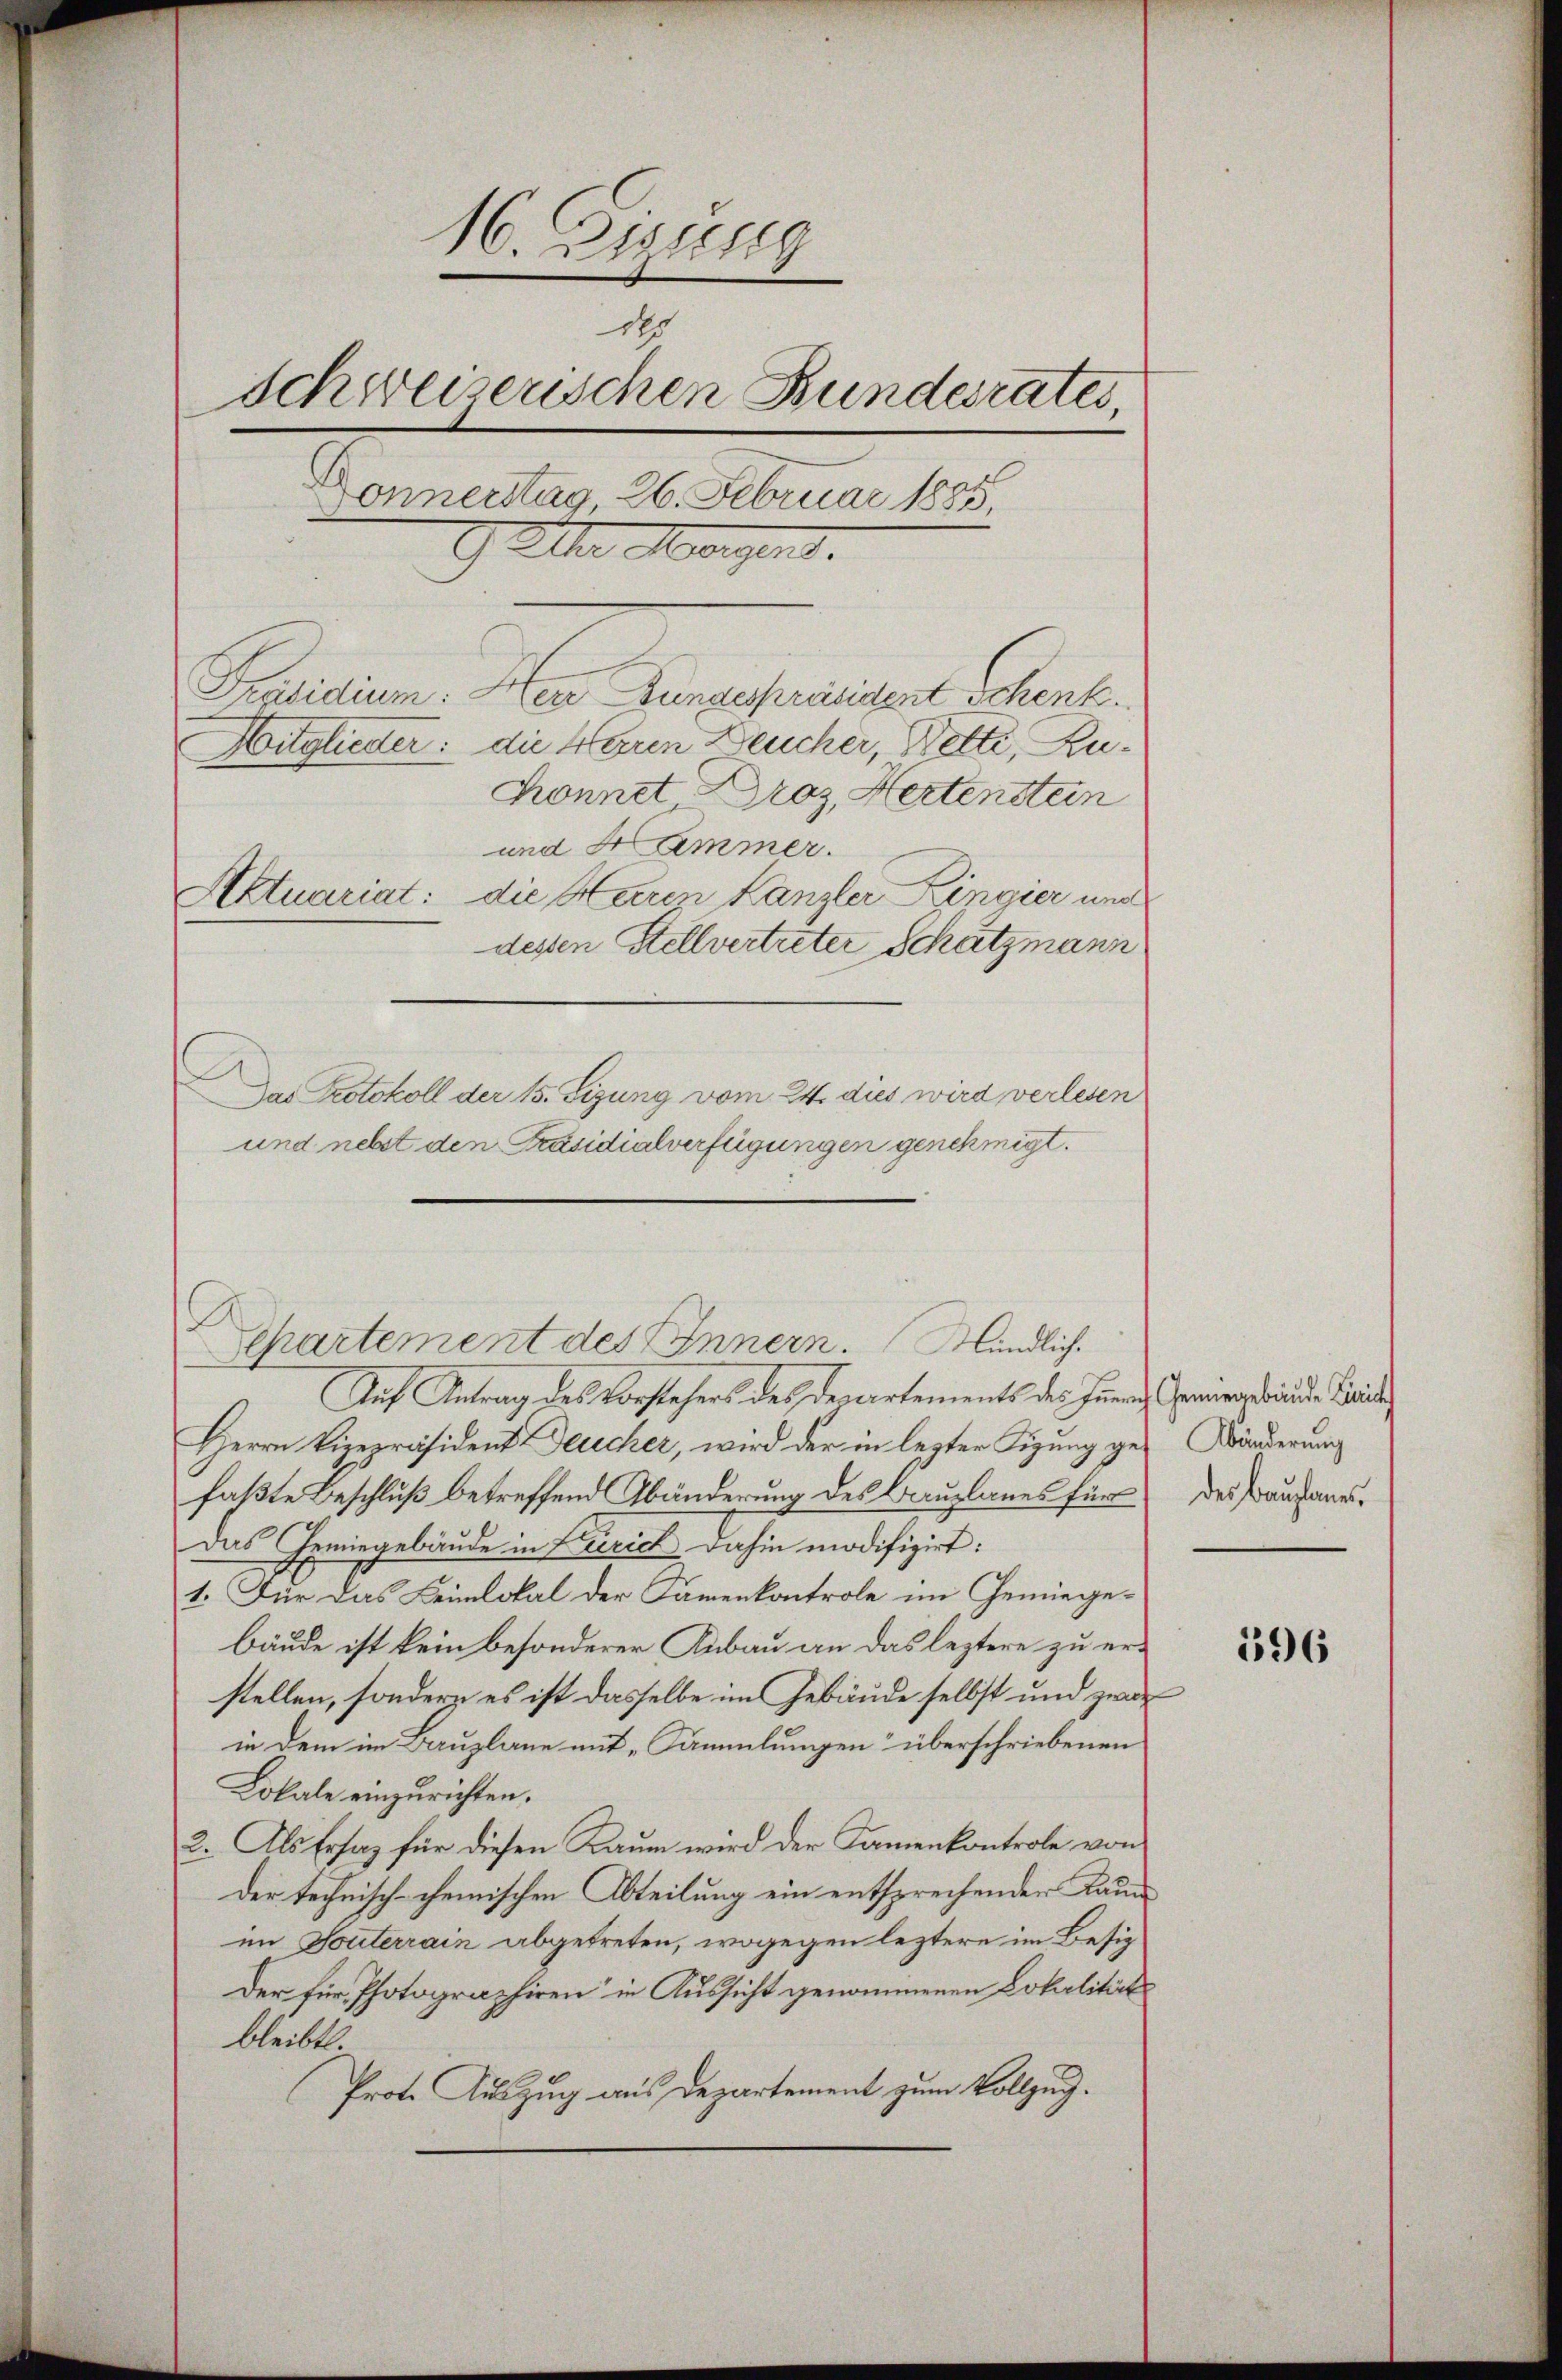
16. Eeung
des
Schweizerischen Bundesrates,
Donnerstag 26. Februar 1885,
Alter Morgend.
Präsidium: Herr Zungespräsident schenk.
Mitglieder: die Haren Deucher, Wetti, Zu¬
Konnet Droz, Hertenstein
und Hammer.
Aktuariat: die Herren Kanzler Ringier und
dessen Stellvertreter Schatzmann
Das Protokoll der 15. Sizung vom 24. dies wird verlesen
und nebst den Präsidialverfügungen genehmigt.

.
Separtement des Innern. Mündlich.
Auf Antrag des Vorstehers des Departements des Innern Hervortrauder Beide
Herrn Vizepräsident Deucher, wird der in lezter Figung ge¬ Wänderung
faßte Beschluß betreffend Abänderung des Bauplanes für des Baufangs¬
Das Gemingebäude in Errich dahin modifizirt:
1. Für das Leimlokal der Samenkontrole im Gemiegebäude ist kein besonderer Anbau an das leztere zu erstellen, sondern es ist dasselbe im Gebäude selbst und zwar
in dem im Bauplane mit „Sammlungen“ überschriebenen
Lokale einzurichten.
2. Als Ersatz für diesen Raum wird der Kamenkontrole von
der technisch-cheinischen Abteilung ein entsprechender Kaum
im Touterrain abgetreten, wogegen leztere im Besiz¬
Der für Photographiren“ in Aussicht genommenen Lokalität
bleibt.
Prote Auszug aus Departement zum Vollzug.

596